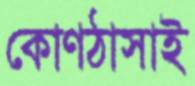
কোণঠাসাই